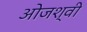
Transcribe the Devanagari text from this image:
ओजश्वी